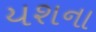
યશના